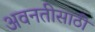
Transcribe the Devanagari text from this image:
अवनतीसाठी